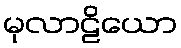
မုလာဠိယော